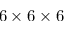
6 \times 6 \times 6